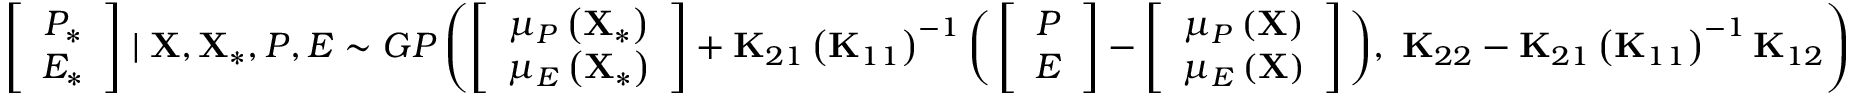
\begin{array} { r } { \left[ \begin{array} { c } { P _ { * } } \\ { E _ { * } } \end{array} \right] \mid { \mathbf { X } } , { \mathbf { X } } _ { * } , P , E \sim G P \left( \left[ \begin{array} { c } { \mu _ { P } \left( \mathbf { X } _ { * } \right) } \\ { \mu _ { E } \left( \mathbf { X } _ { * } \right) } \end{array} \right] + \mathbf { K } _ { 2 1 } \left( \mathbf { K } _ { 1 1 } \right) ^ { - 1 } \bigg ( \left[ \begin{array} { c } { P } \\ { E } \end{array} \right] - \left[ \begin{array} { c } { \mu _ { P } \left( \mathbf { X } \right) } \\ { \mu _ { E } \left( \mathbf { X } \right) } \end{array} \right] \bigg ) , \ \mathbf { K } _ { 2 2 } - \mathbf { K } _ { 2 1 } \left( \mathbf { K } _ { 1 1 } \right) ^ { - 1 } \mathbf { K } _ { 1 2 } \right) } \end{array}